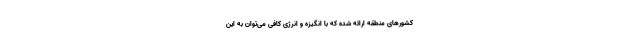
کشورهای منطقه ارائه شده که با انگیزه و انرژی کافی می‌توان به این